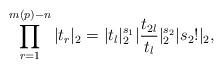
LaTeX: \begin{align*} \prod^{m(p)-n}_{r=1}|t_r|_2 = |t_l|^{s_1}_2|\frac{t_{2l}}{t_l}|^{s_2}_2|s_2!|_2,\end{align*}